Bréfritari: Sigríður Pálsdóttir
Viðtakandi: Páll Pálsson
Dagsetning: A-1867-06-24
Skrifað á: Breiðabólsstað  Rang.
Páll var bróðir Sigríðar

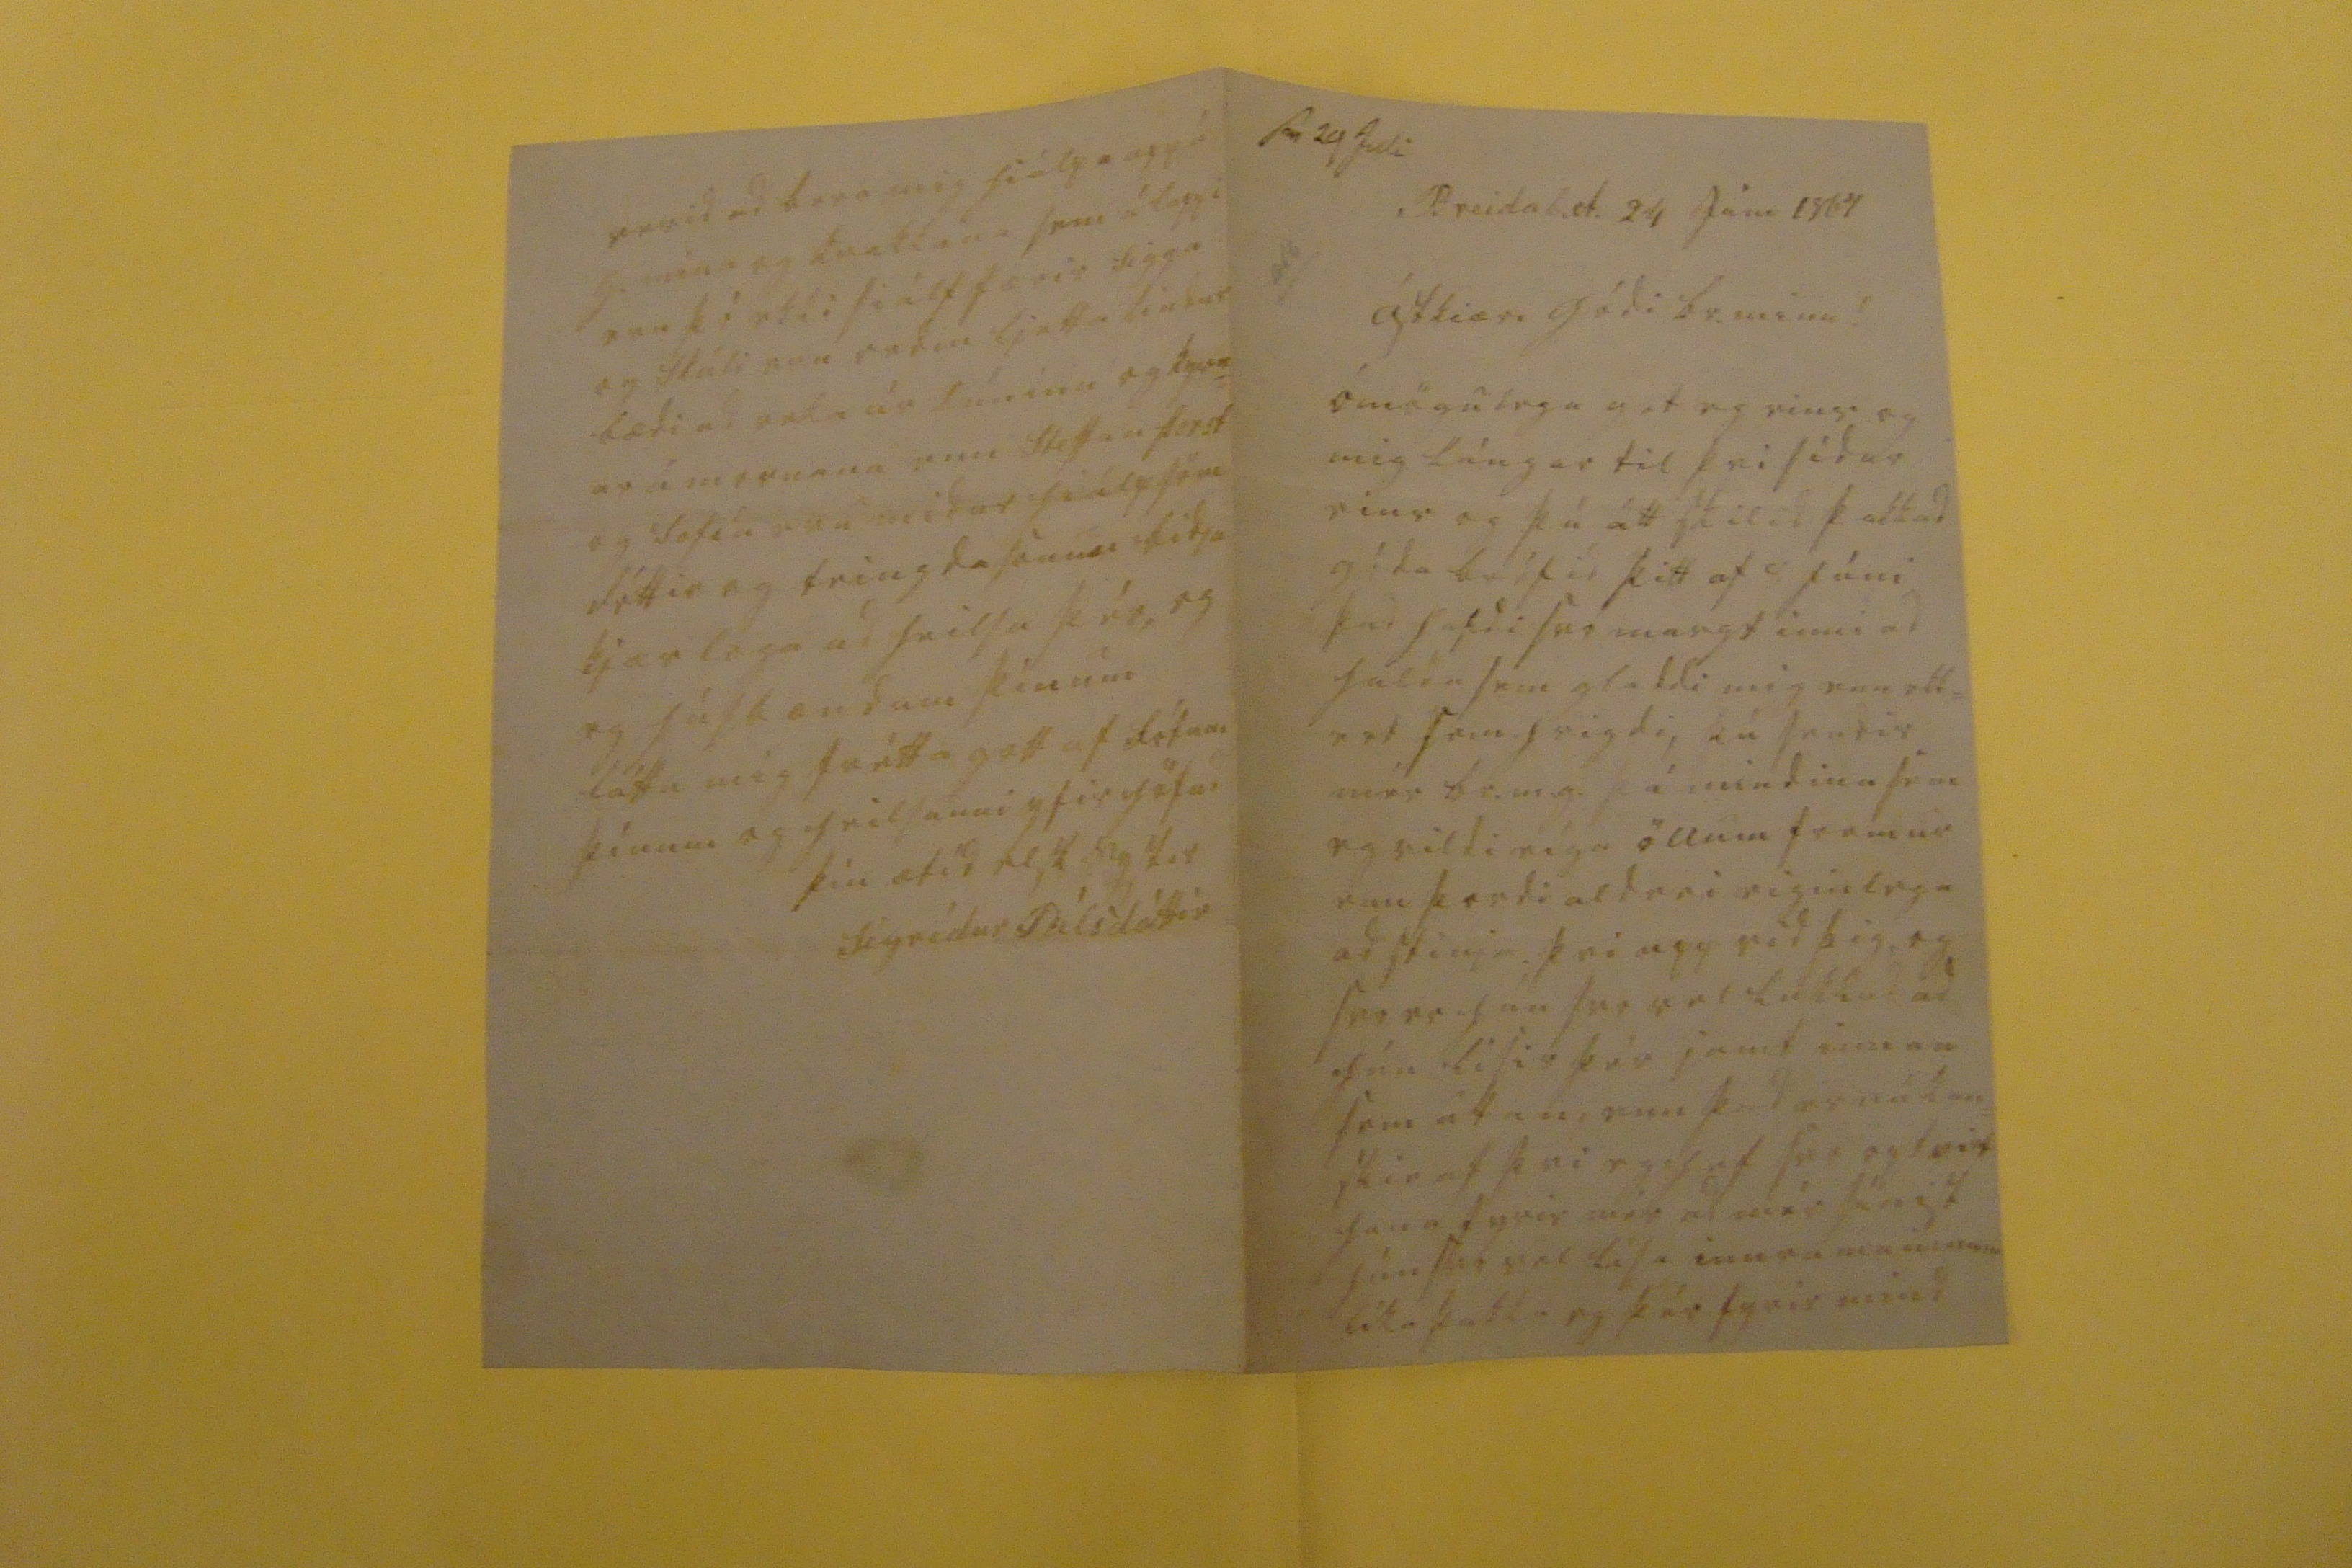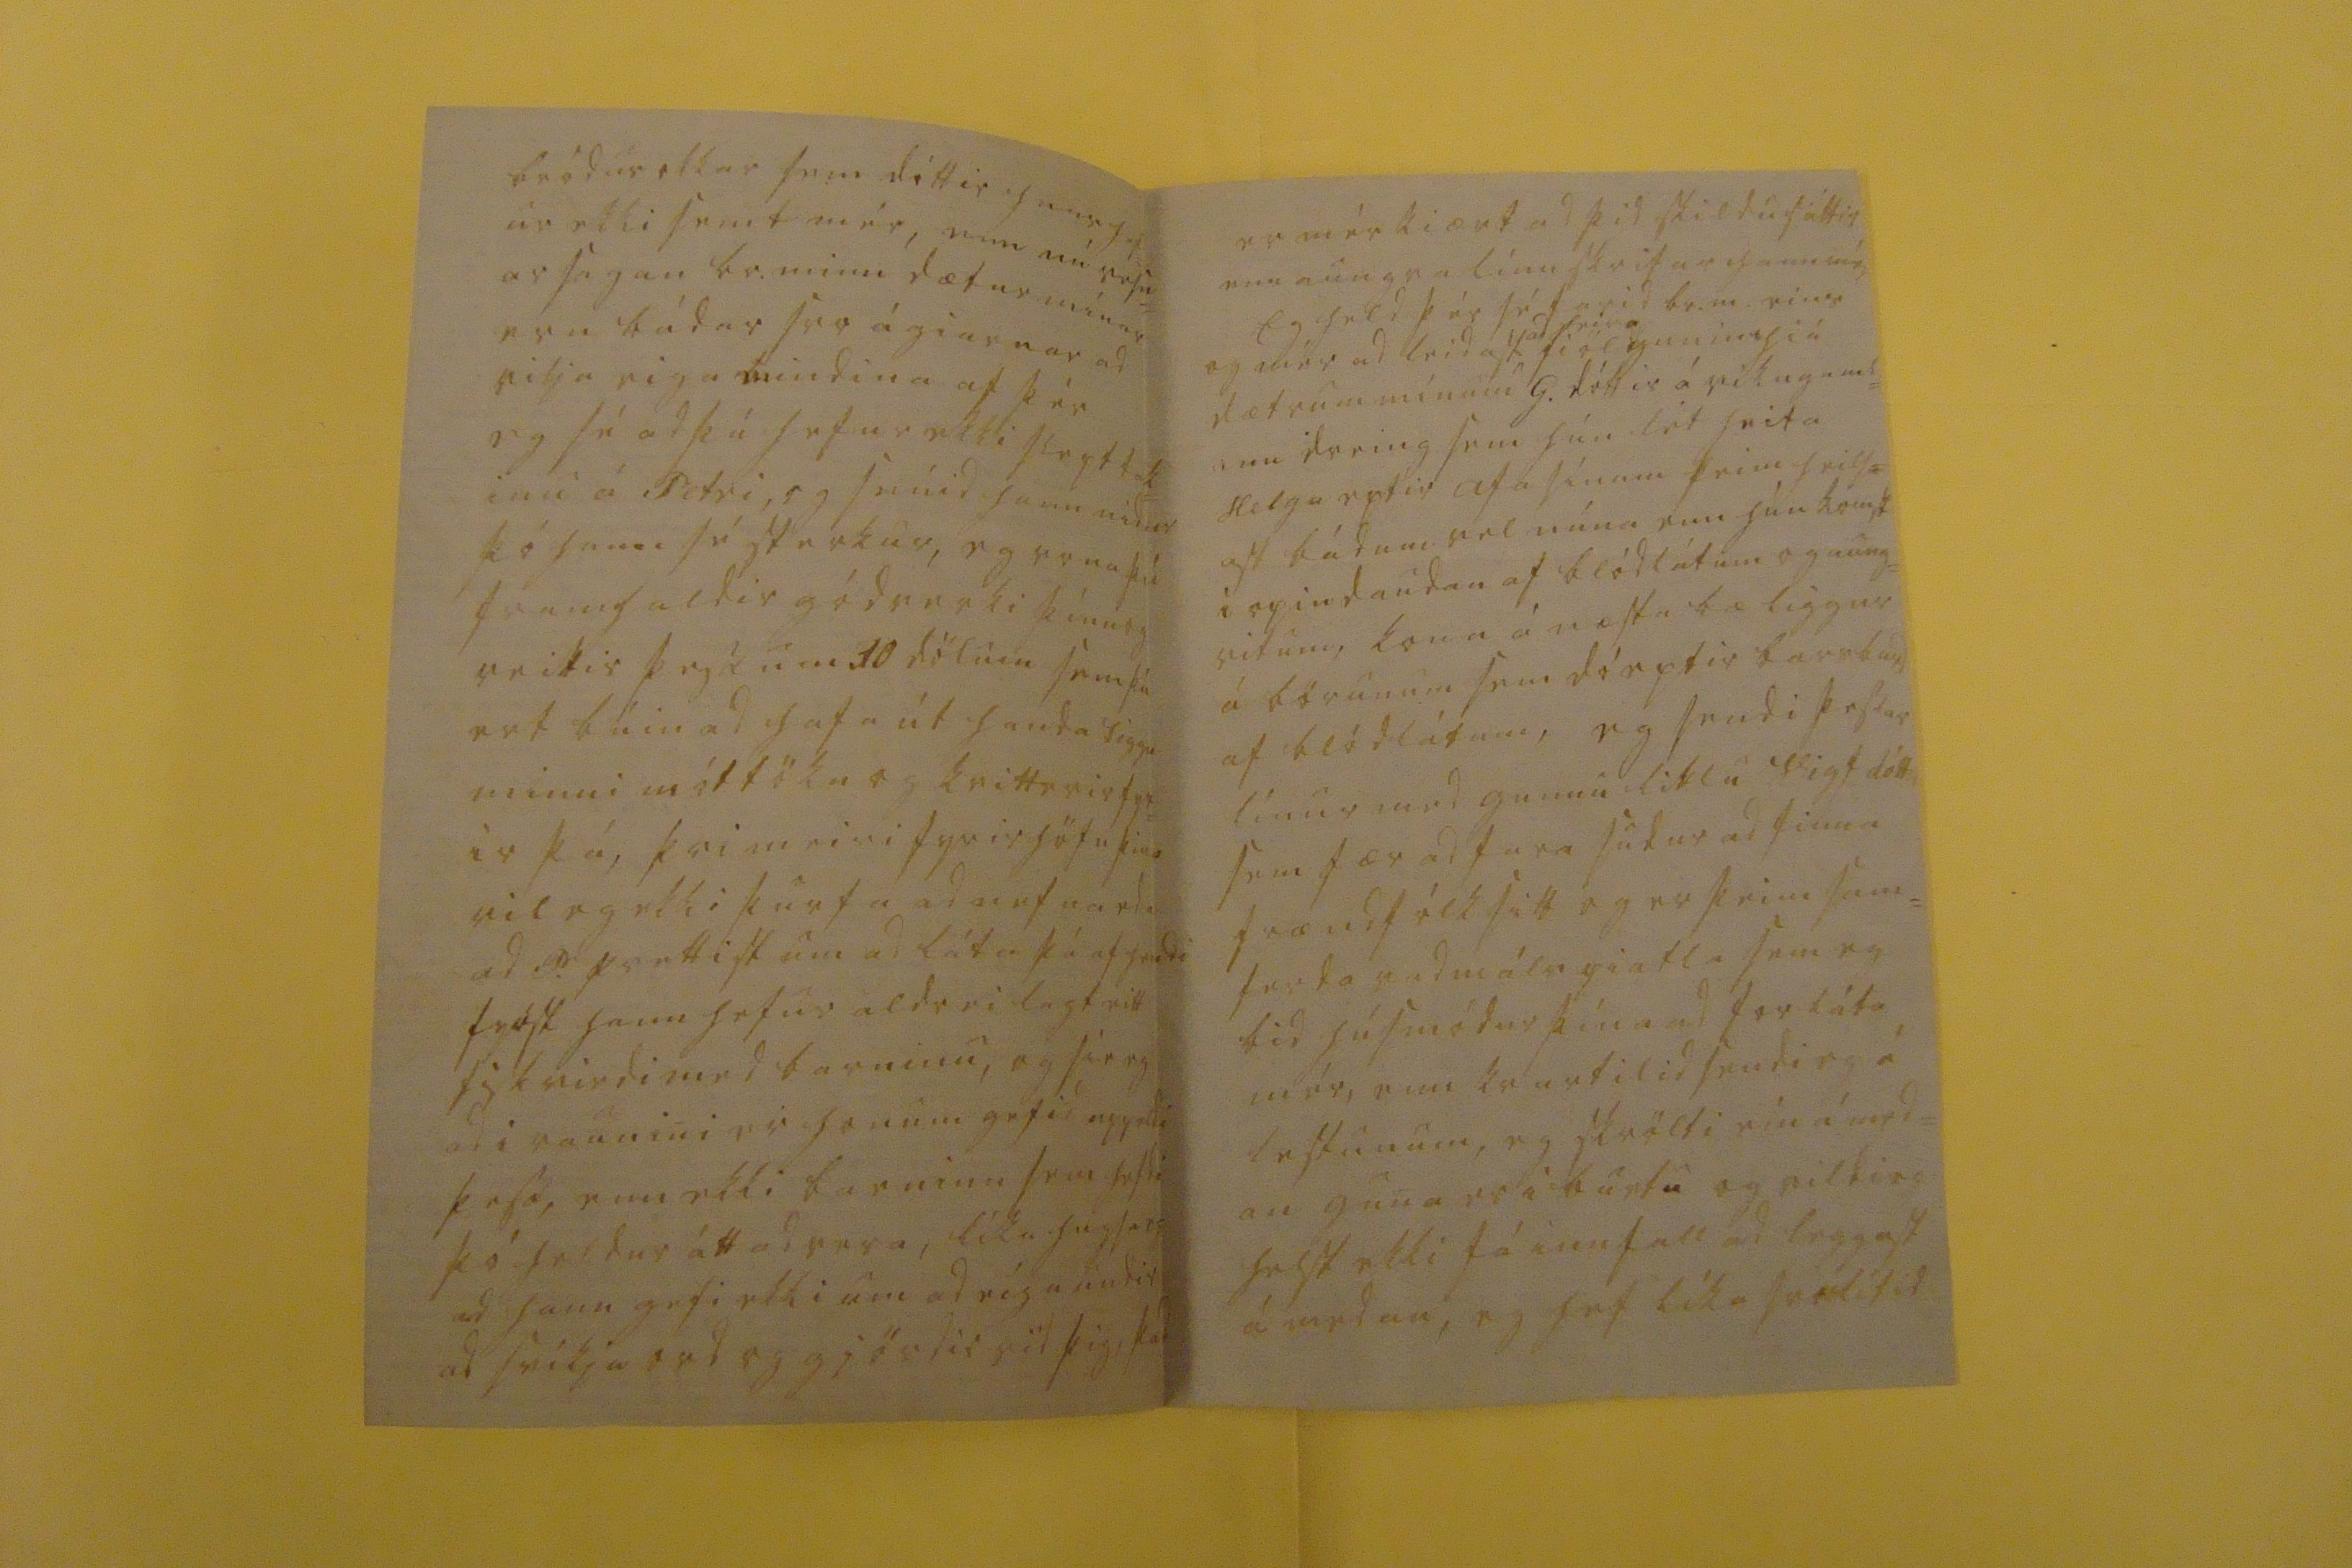

sv 29 Juli
Breidab.st. 24 Júni 1867
ástkiæri gódi br. minn!
ómögulega get eg eins og mig lángar til þvi sídur eins og þú átt skilid þakkad góda bréfid þitt af 8 júni þad hafdi svo margt inni ad halda sem gladdi mig enn ekk= ert sem hrigdi, þú sendir mér br.m.g. þá mindina sem eg vildi eíga öllum fremur enn þordi aldrei eiginlega ad stinga þvi upp vid þig, og svo er hun svo vel lukkud ad hún lifir þér samt innan sem utan, enn þad er nú kan= skie af þvi eg hef svo
0vit
hana fyrir mér ad mér finist hún svo vel lísa innra
maninum
líka þakka eg þér fyrir mind
bródur okkar sem dóttir hans hef= ur ekki semt mér, enn nú vesn= ar sagan br. minn dætur mínar eru bádar svo ágiarnar ad vilja eiga mindina af þér eg sé ad þú hefur ekki slept tak= inu á Petri, og snúid hann nidur þó hann sé sterkur, eg vona þú framhaldir gódverki þínu og veitir þessum 30 dölum sem þú ert búin ad hafa út handa Siggu minni móttöku og kvitterir fyr= ir þá, þvi meiri fyrir höfn þins vil eg ekki þurfa ad nefna eda ad P. prettist um ad láta þá af hendi fyrst hann hefur aldrei lagt eitt fiskvirdi med barninu, og sie eg ad i raunini er honum gefid uppeldi þess, enn ekki barninu sem hefdi þó heldur átt ad vera, líka hugsa eg ad hann gefi ekki um ad eíga undir ad sníkja ord og gjördir vid þig, þad
er mér kiært ad þid skildu sáttir enn aungva línu skrifar hann mér Eg held þér sé farid br.m. eins og mér ad leidast
ad heira
fiölgunin hiá dætrum mínum G. dóttir á vikugaml= ann dreing sem hún lét heita Helga eptir afa sínum þeim heils= ast bádum vel núna enn hún komst i opin daudan af blódlátum og aung= vitum, kona á næsta bæ liggur á börunum sem dó eptir barnsburd af blódlátum, eg sendi þessar línur med gunnu litlu Vigf dótt
ir
sem fær ad fara sudur ad finna frændfólk sitt og er þeim sam= ferda vadmálspiatla sem eg bid húsmódur þína ad forláta mér, enn kvartilid sendi eg á lestunum, eg skrölti ein á med= an guna er i burtu og vildi eg helst ekki fá innfall ad leggast á medan, eg hef líka svolítid
verid ad bera mig hiálpa upp á G. mína og kvabbinu sem á lappi eru þó ekki siálf færir Sigga og Skúli eru ordin ljeffa bindur bædi ad reka úr túninu og kyrn= ar í mornana enn Steffan Þorst og Sofía eru midur hiálpsöm dóttir og teingdasonur bidja kjær lega ad heilsa þér, og eg húsbændum þínum láttu mig frétta gott af fótum þínum og heilsunni yfir höfud
þín ætíd elsk systir
Sigrídur Pálsdóttir